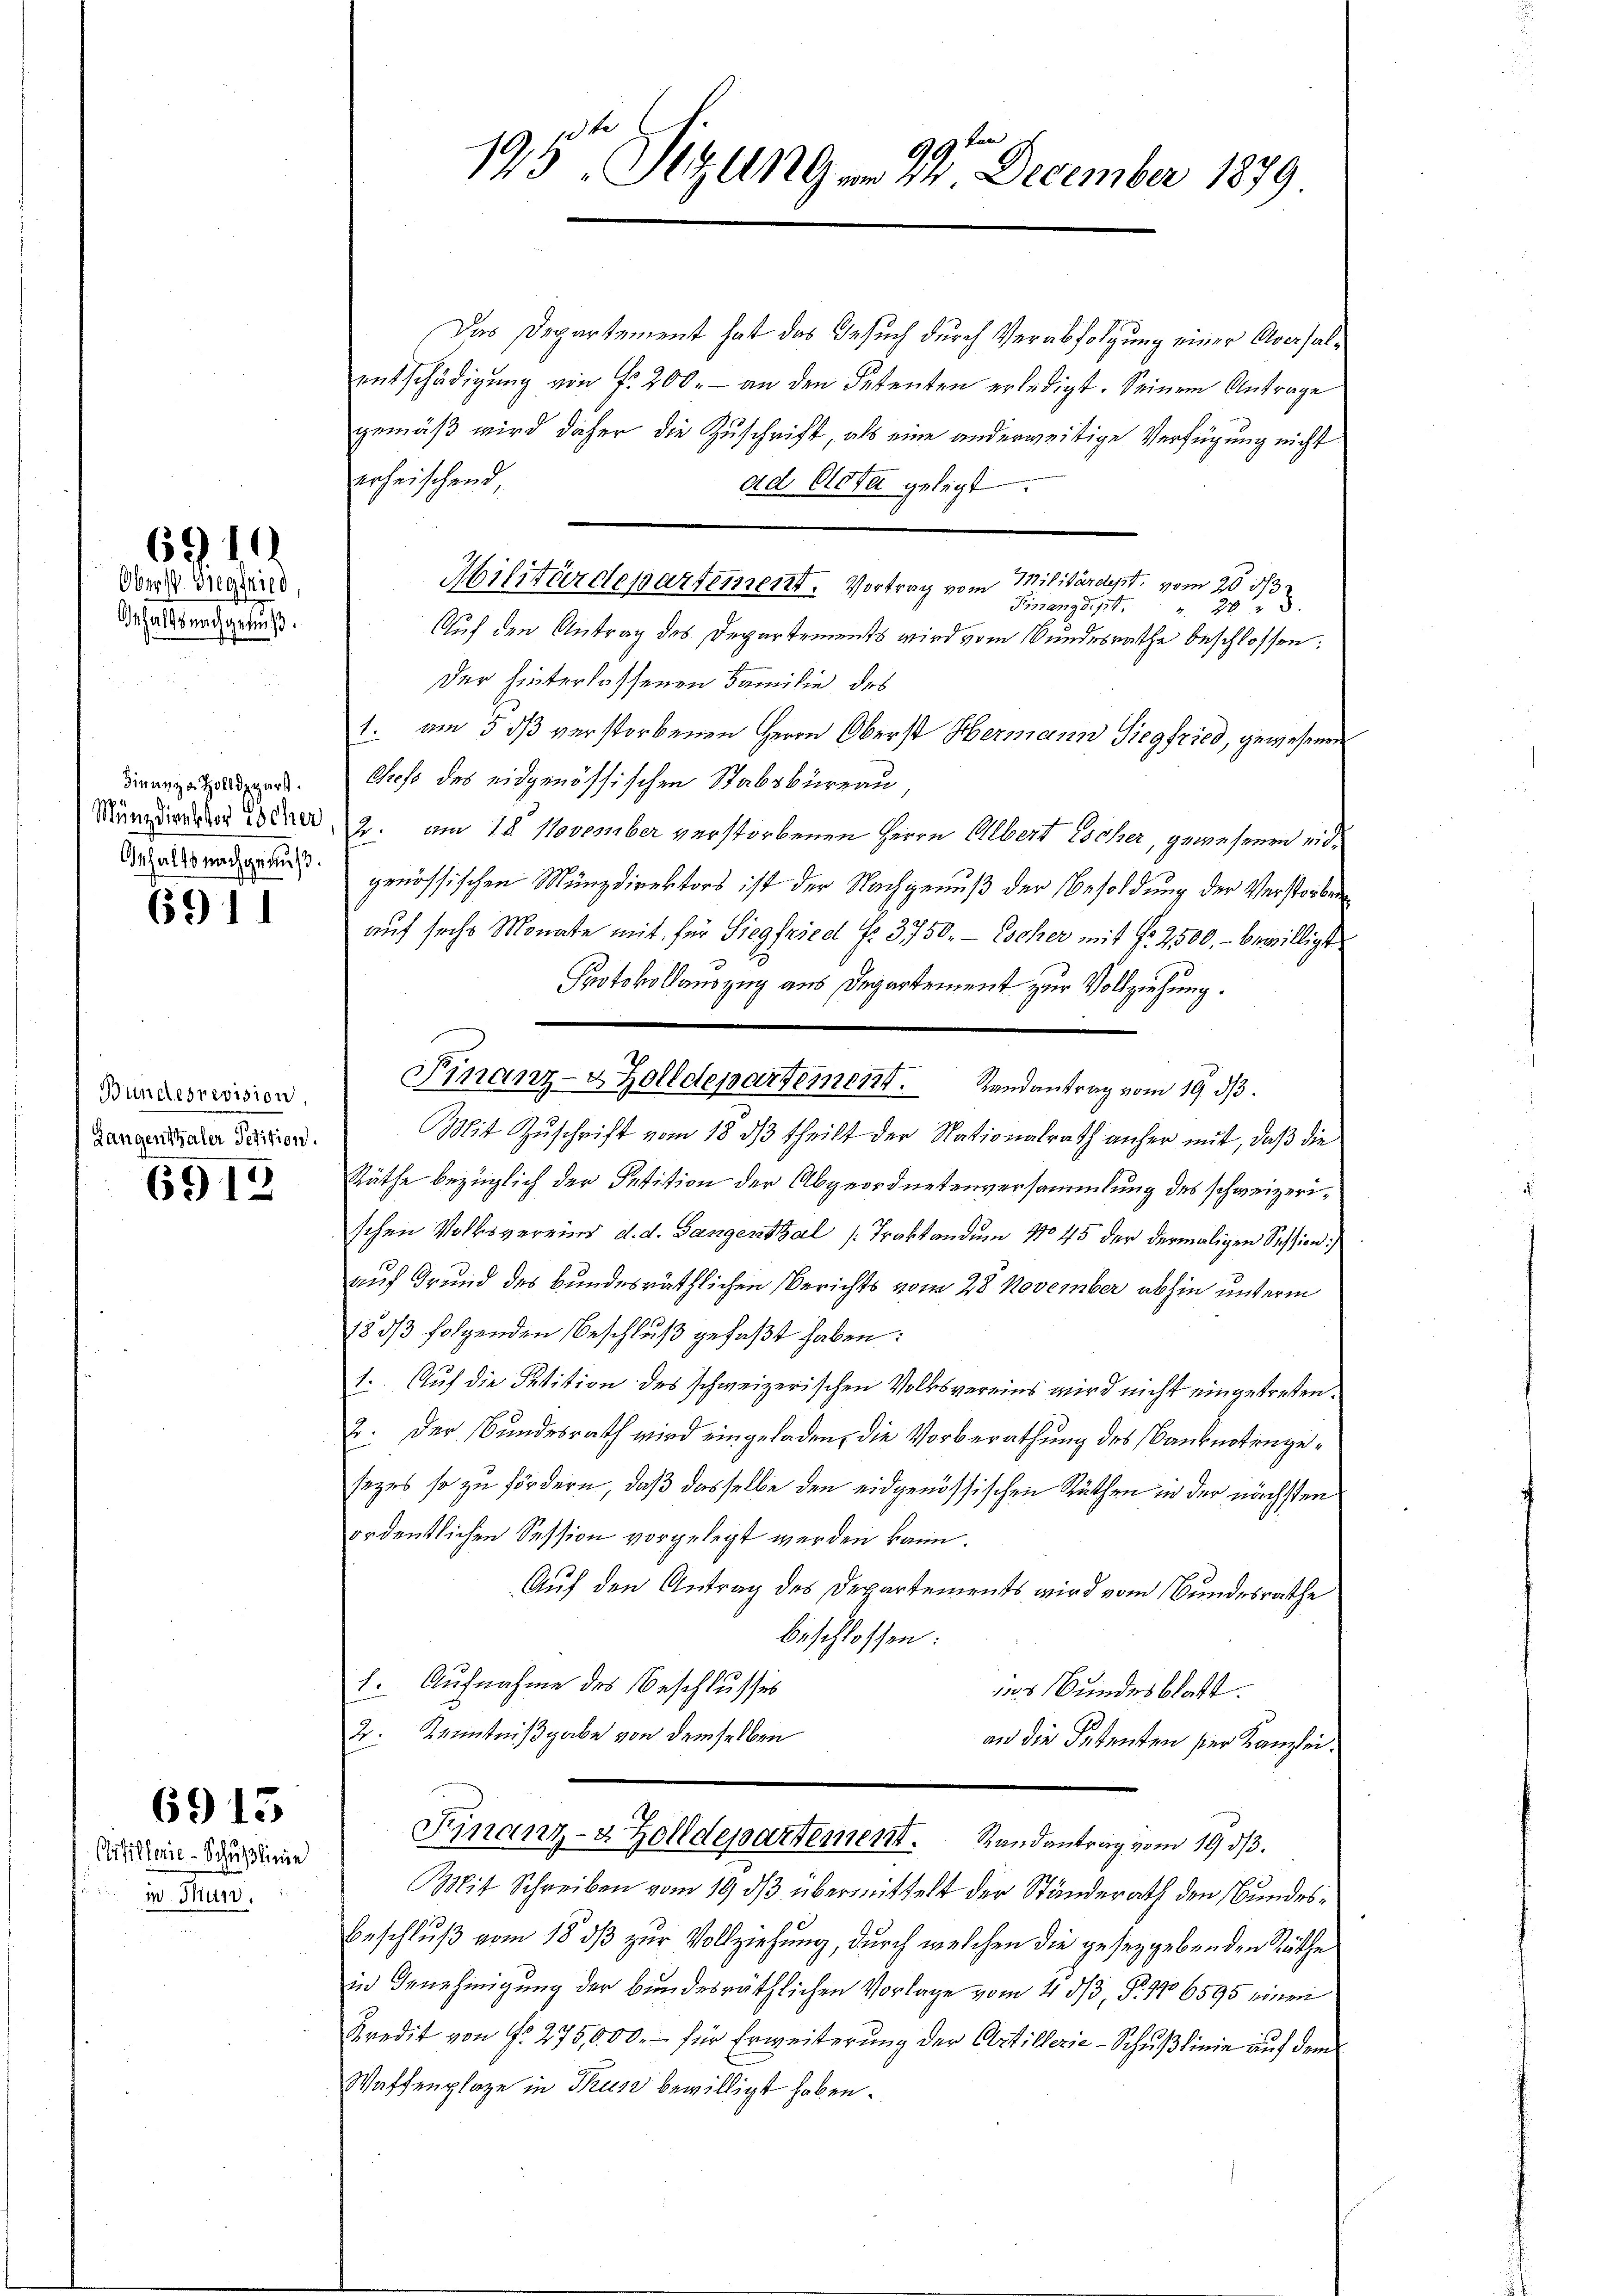
6911

Oberst. Siegfried
halls nachgenuß.

dinanze Zolldepart.

6911

Bundesrevision.
Langenthaler Petition.

6913.

6915

Crtillerie-Schußlinie
 Thun.

Das Departement hat das Gesuch durch Verabfolgung einer Aversalentschädigŭng von Fr. 200.- an den Petenten erledigt. Seinem Antrage
gemäß wird daher die Zuschrift, als eine anderweitige Verfügung nicht
erheischend,
ad Acta gelegt.
Militärdepartement. Vortrag vom Militärdept, vom 20 1/3.
3
5.
Finang d. 124. " 20
Auf den Antrag des Departements wird vom Bundesrathe beschlossen:
Der hinterlassenen Familie des
1. am 5 dß verstorbenen Herrn Oberst Hermann Siegfried, gewesenen
Chefs des eidgenössischen Stabsbureau,
Mängerader Bern, 2. am 18. November verstorbenen Herrn Albert Escher, gewesenen eiddorade genössischen Münzdirektors ist der Nachgenuß der Besoldung der Verstorben
auf sechs Monate mit für Siegfried f. 3750.- Escher mit fr 2500.- bewilligt
Protokollauszug aus Departement zur Vollziehung.
Finanz- & Zolldepartement. Landantrag vom 19. dβ.
Mit Zuschrift vom 18. dβ theilt der Nationalrath anher mit, daß die
Räthe bezüglich der Petition der Abgeordnetenversammlung des schweizerischen Volksvereins d. d. Gangenthal (Traktandum No 45 der dermaligen Session
10
auf Grund des Bundesräthlichen Berichts vom 28. November abhin unterm
153/3 folgenden Beschluß gefaßt haben:
1. Auf die Petition des schweizerischen Volksvereins wird nicht eingetreten.
2. Der Bundesrath wird eingeladen, die Vorberathung des Banknotengesezes so zu fördern, daß dasselbe den eidgenössischen Rüthen in der nächsten
ordentlichen Session vorgelegt werden kann.
Auf den Antrag des Departements wird vom Bundesrathe
beschlossen:
1. Aufnahme des Beschlusses
das Bundesblatt
2: Kenntnißgabe von demselben
an die Petenten ser Kanzlei.
Finanz- & Zolldepartement. Randantrag vom 19. dβ.
Mit Schreiben vom 19. dβ übermittelt der Ständerath den Bundes¬
Beschluß vom 18. ds zur Vollziehung, durch welchen die gesetzgebenden Räthe
in Genehmigung der bundesräthlichen Vorlage vom 4 3/3, §. 176595 einen
Kredit von N. 275,000.- für Erweiterung der Artillerie-Schußlinie auf dem
Waffenplaze in Thus bewilligt haben.

3 kan
195te Sitzungen 24. December 1879